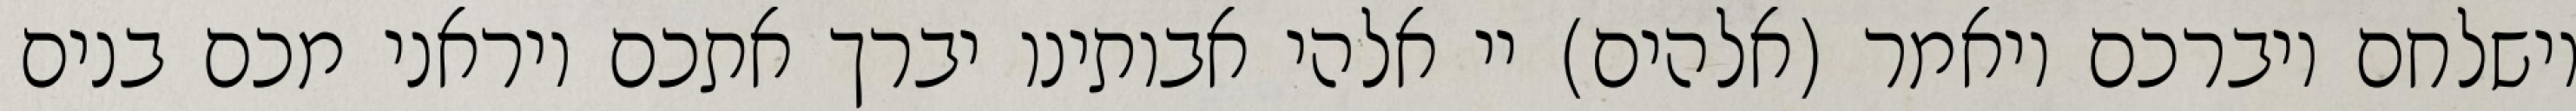
וישלחם ויברכם ויאמר (אלהים) יי אלהי אבותינו יברך אתכם ויראני מכם בנים